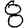
Digit: 8